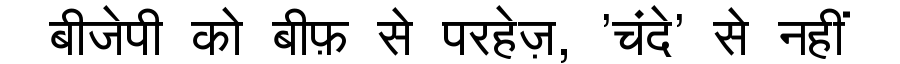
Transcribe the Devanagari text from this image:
बीजेपी को बीफ़ से परहेज़, 'चंदे' से नहीं